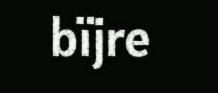
bïjre